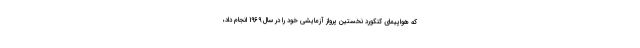
که هواپیمای کنکورد نخستین پرواز آزمایشی خود را در سال 1969 انجام داد،